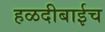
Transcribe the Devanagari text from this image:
हळदीबाईच